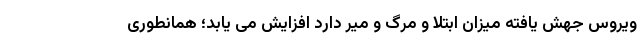
ویروس جهش یافته میزان ابتلا و مرگ و میر دارد افزایش می یابد؛ همانطوری